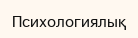
Психологиялық